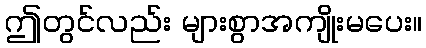
ဤတွင်လည်း များစွာအကျိုးမပေး။